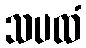
သပထံ